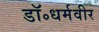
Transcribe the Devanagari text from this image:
डॉ॰धर्मवीर